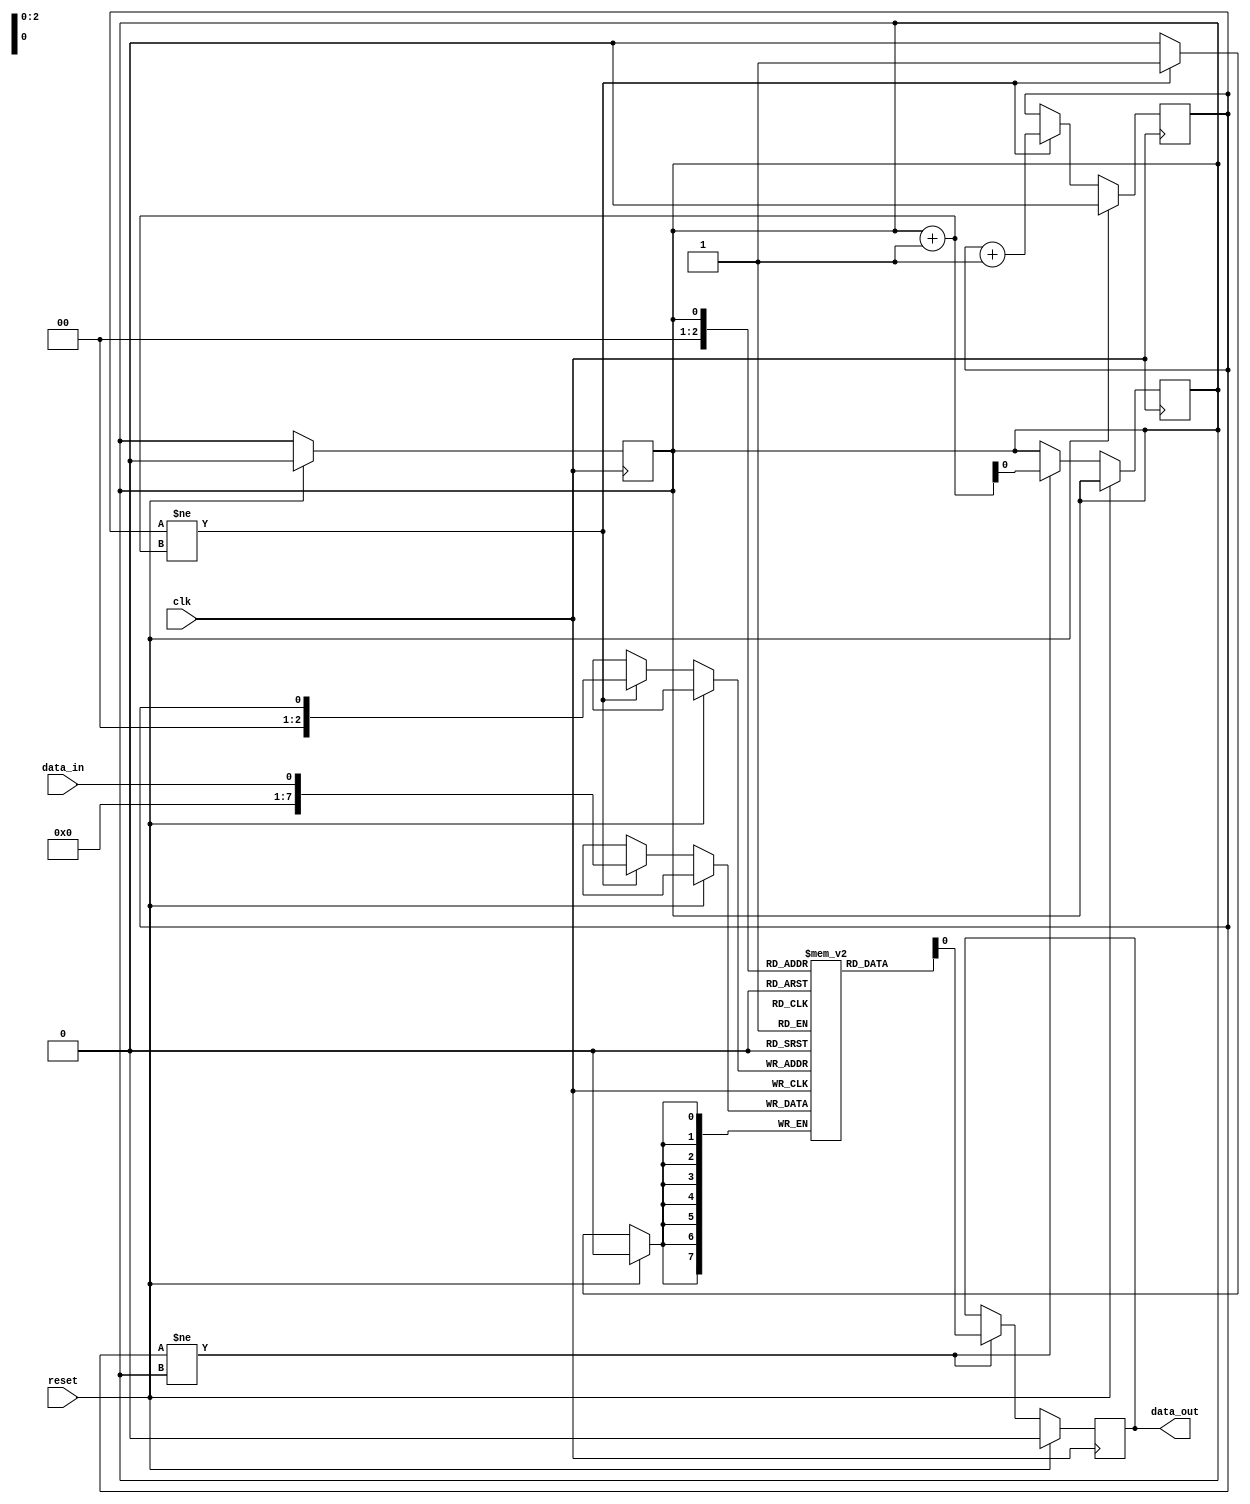
module fifo_buffer (
    input wire clk,
    input wire reset,
    input wire data_in,
    output reg data_out
);

reg [7:0] fifo [0:7];
reg read_ptr = 3'd0;
reg write_ptr = 3'd0;

always @ (posedge clk) begin
    if (reset) begin
        read_ptr <= 3'd0;
        write_ptr <= 3'd0;
    end else begin
        if (write_ptr != read_ptr + 3'd1) begin
            fifo[write_ptr] <= data_in;
            write_ptr <= write_ptr + 3'd1;
        end
    end
end

always @ (posedge clk) begin
    if (reset) begin
        data_out <= 8'd0;
    end else if (write_ptr != read_ptr) begin
        data_out <= fifo[read_ptr];
        read_ptr <= read_ptr + 3'd1;
    end
end

endmodule